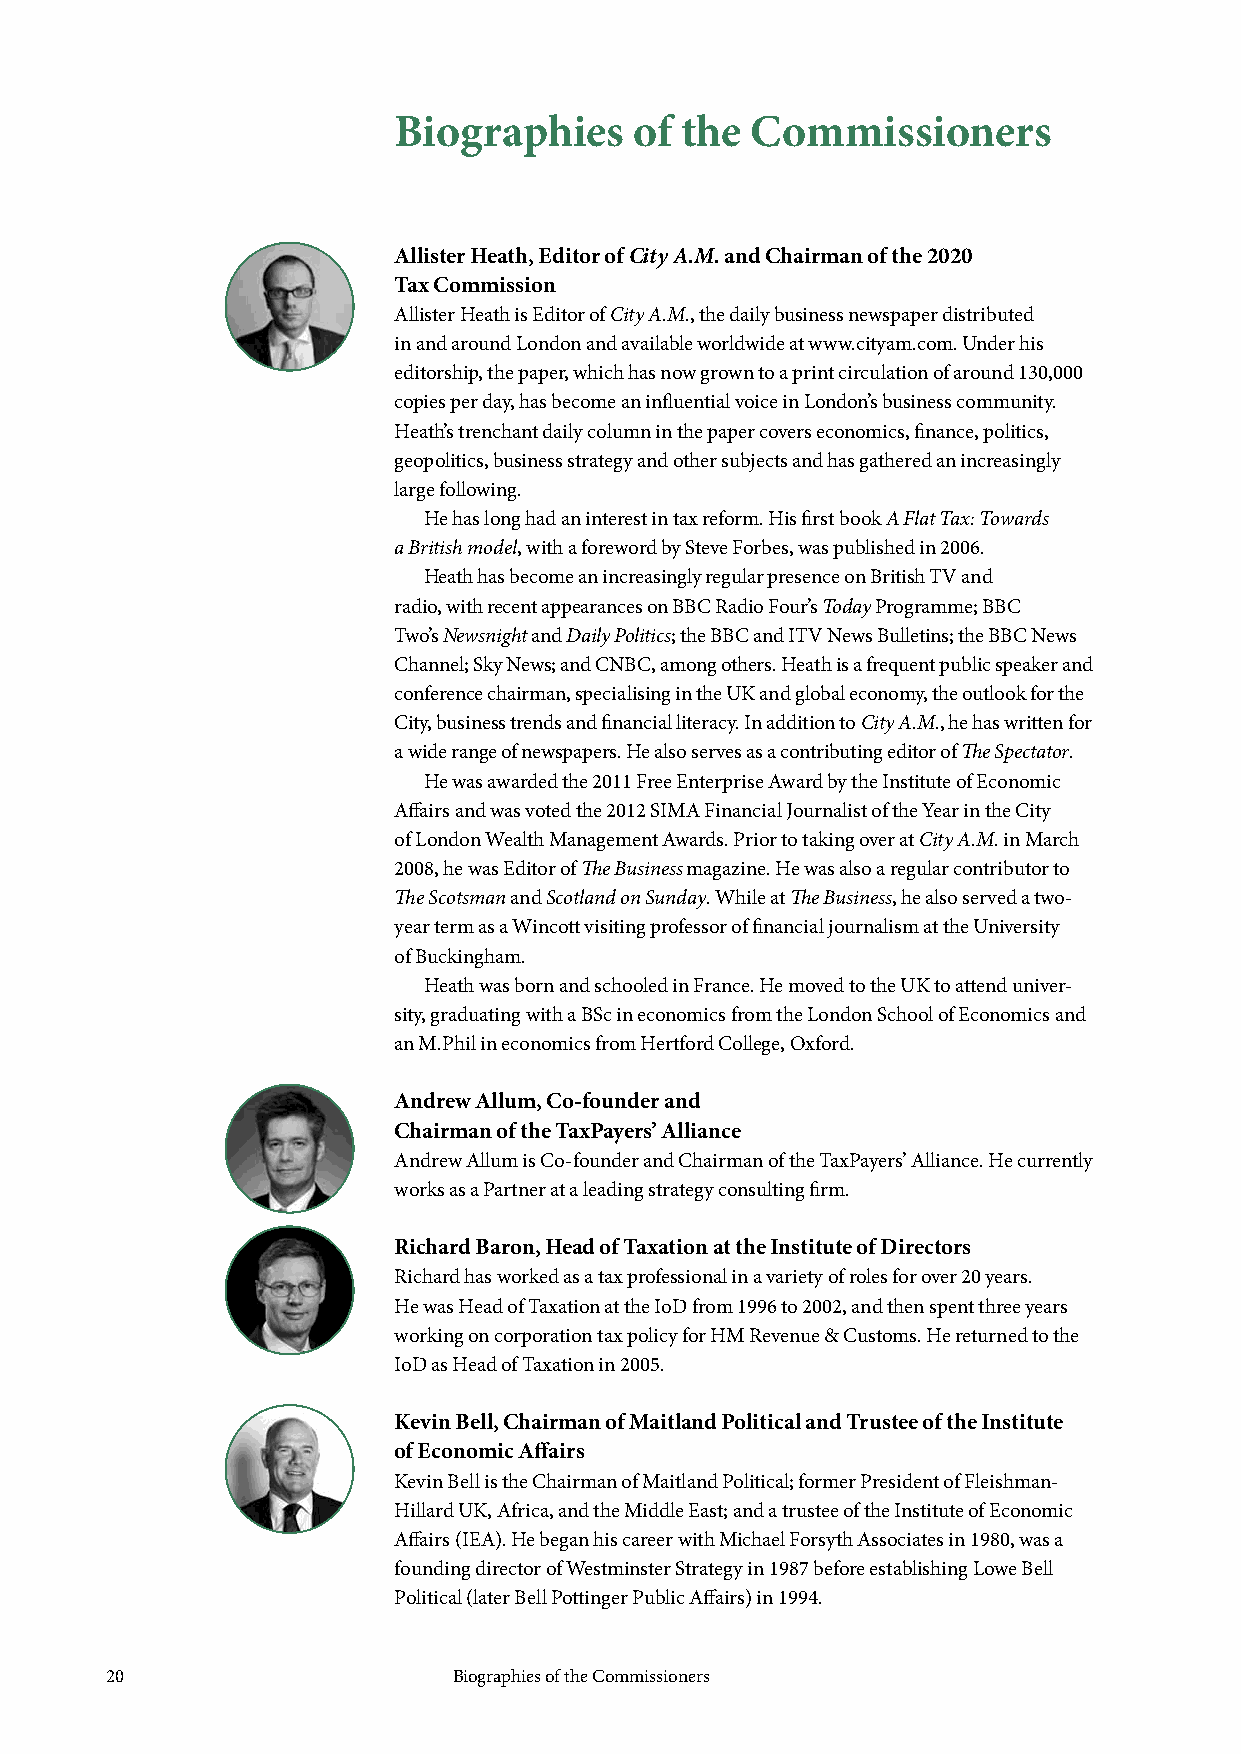
Biographies     of the  Commissioners
 Allister Heath, Editor of City A.M. and Chairman of the 2020
 Tax Commission
 Allister Heath is Editor of City A.M., the daily business newspaper distributed
 in and around London and available worldwide at www.cityam.com. Under his
 editorship, the paper, which has now grown to a print circulation of around 130,000
 copies per day, has become an influential voice in London’s business community.
 Heath’s trenchant daily column in the paper covers economics, finance, politics,
 geopolitics, business strategy and other subjects and has gathered an increasingly
 large following.
 He has long had an interest in tax reform. His first book A Flat Tax: Towards
 a British model, with a foreword by Steve Forbes, was published in 2006.
 Heath has become an increasingly regular presence on British TV and
 radio, with recent appearances on BBC Radio Four’s Today Programme; BBC
 Two’s Newsnight and Daily Politics; the BBC and ITV News Bulletins; the BBC News
 Channel; Sky News; and CNBC, among others. Heath is a frequent public speaker and
 conference chairman, specialising in the UK and global economy, the outlook for the
 City, business trends and financial literacy. In addition to City A.M., he has written for
 a wide range of newspapers. He also serves as a contributing editor of The Spectator.
 He was awarded the 2011 Free Enterprise Award by the Institute of Economic
 Affairs and was voted the 2012 SIMA Financial Journalist of the Year in the City
 of London Wealth Management Awards. Prior to taking over at City A.M. in March
 2008, he was Editor of The Business magazine. He was also a regular contributor to
 The Scotsman and Scotland on Sunday. While at The Business, he also served a two-
 year term as a Wincott visiting professor of financial journalism at the University
 of Buckingham.
 Heath was born and schooled in France. He moved to the UK to attend univer-
 sity, graduating with a BSc in economics from the London School of Economics and
 an M.Phil in economics from Hertford College, Oxford.
 Andrew Allum, Co-founder and
 Chairman of the TaxPayers’ Alliance
 Andrew Allum is Co-founder and Chairman of the TaxPayers’ Alliance. He currently
 works as a Partner at a leading strategy consulting firm.
 Richard Baron, Head of Taxation at the Institute of Directors
 Richard has worked as a tax professional in a variety of roles for over 20 years.
 He was Head of Taxation at the IoD from 1996 to 2002, and then spent three years
 working on corporation tax policy for HM Revenue & Customs. He returned to the
 IoD as Head of Taxation in 2005.
 Kevin Bell, Chairman of Maitland Political and Trustee of the Institute
 of Economic Affairs
 Kevin Bell is the Chairman of Maitland Political; former President of Fleishman-
 Hillard UK, Africa, and the Middle East; and a trustee of the Institute of Economic
 Affairs (IEA). He began his career with Michael Forsyth Associates in 1980, was a
 founding director of Westminster Strategy in 1987 before establishing Lowe Bell
 Political (later Bell Pottinger Public Affairs) in 1994.
 20                     Biographies of the Commissioners